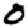
Digit: 0